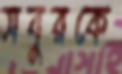
সবুরকে